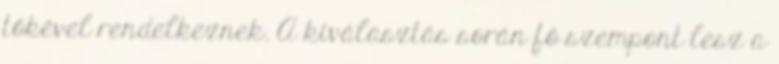
tőkével rendelkeznek. A kiválasztás során fő szempont lesz a